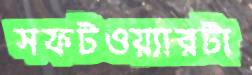
সফটওয়্যারটা